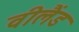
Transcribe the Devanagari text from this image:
वीलैंड